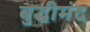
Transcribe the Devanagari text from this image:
बुद्धीमंद